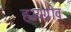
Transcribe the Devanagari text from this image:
ह्ययग्रीव